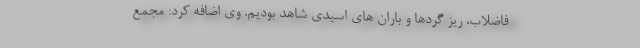
فاضلاب، ریز گردها و باران های اسیدی شاهد بودیم. وی اضافه کرد: مجمع